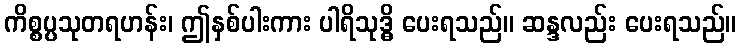
ကိစ္စပ္ပသုတရဟန်း၊ ဤနှစ်ပါးကား ပါရိသုဒ္ဓိ ပေးရသည်။ ဆန္ဒလည်း ပေးရသည်။